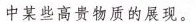
中某些高贵物质的展现。